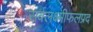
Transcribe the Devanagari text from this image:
सर्वलक्ष्मीफलप्रद